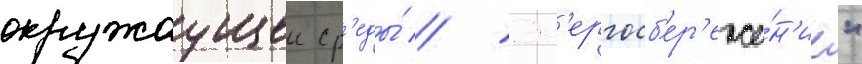
окружаущеи ср'еды́ // Эн'ергосб'ер'еже́н'ие"